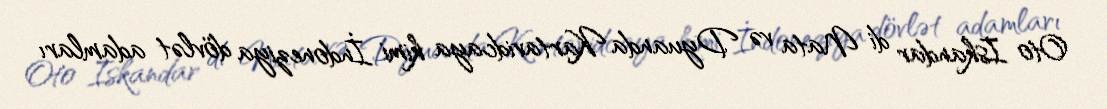
Oto Iskandar di Nata və Dyuanda Kartavidcaya kimi İndoneziya dövlət adamları